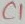
Text: C1